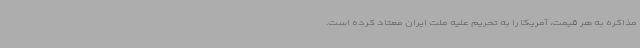
مذاکره به هر قیمت، آمریکا را به تحریم علیه ملت ایران معتاد کرده است.